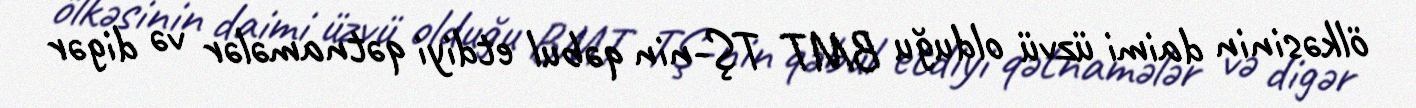
ölkəsinin daimi üzvü olduğu BMT TŞ-nin qəbul etdiyi qətnamələr və digər